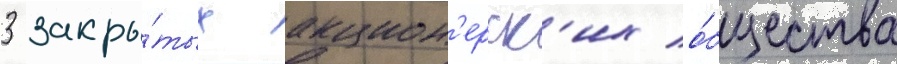
3 закры́тых акцион'ерск'их о́бщества